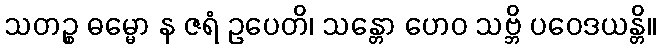
သတဉ္စ ဓမ္မော န ဇရံ ဥပေတိ၊ သန္တော ဟေဝ သဗ္ဘိ ပဝေဒယန္တိ။